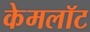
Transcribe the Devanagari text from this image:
केमलॉट